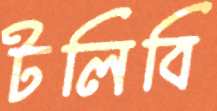
টলিবি